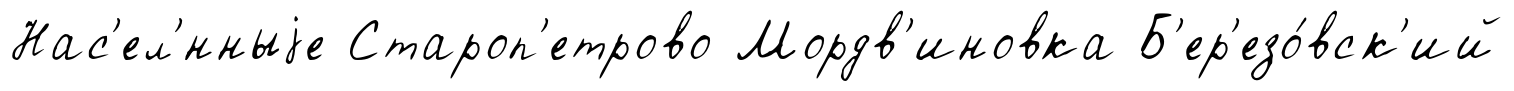
Нас'ел'́нныjе Староп'етрово Мордв'иновка Б'ер'езо́вск'ий